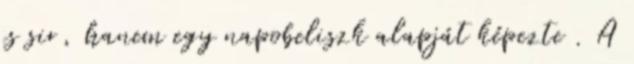
is sir, hanem egy napobeliszk alapját képezte . A